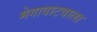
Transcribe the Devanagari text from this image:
मेगावाटवाला